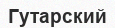
Гутарский